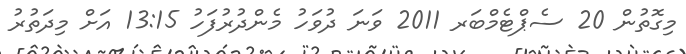
މިގޮތުން 20 ސެޕްޓެމްބަރ 2011 ވަނަ ދުވަހު މެންދުރުފަހު 13:15 އަށް މިދަތުރު